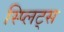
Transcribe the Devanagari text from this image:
स्प्लिट्स